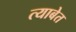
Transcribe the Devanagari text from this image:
त्याबेत